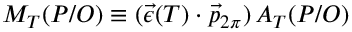
{ \cal M } _ { T } ( P / O ) \equiv ( \vec { \epsilon } ( T ) \cdot \vec { p } _ { 2 \pi } ) \, { \cal A } _ { T } ( P / O )